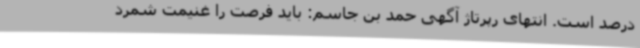
درصد است. انتهای رپرتاژ آگهی حمد بن جاسم: باید فرصت را غنیمت شمرد